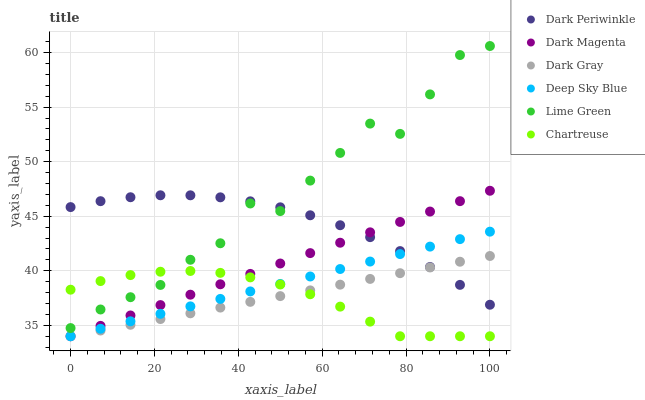
| xaxis_label | Dark Periwinkle | Dark Magenta | Dark Gray | Deep Sky Blue | Lime Green | Chartreuse |
 | --- | --- | --- | --- | --- | --- | --- |
 | 0 | 45.8 | 34 | 34 | 34 | 34.8 | 38.3 |
 | 7.14 | 46.4 | 35 | 34.5 | 34.7 | 36.5 | 39.1 |
 | 14.3 | 46.7 | 35.9 | 35.1 | 35.4 | 37.6 | 39.6 |
 | 21.4 | 46.9 | 36.9 | 35.6 | 36.1 | 38.7 | 39.9 |
 | 28.6 | 46.9 | 37.8 | 36.1 | 36.7 | 41 | 40 |
 | 35.7 | 46.7 | 38.8 | 36.6 | 37.4 | 42.5 | 39.8 |
 | 42.9 | 46.4 | 39.7 | 37.2 | 38.1 | 46.2 | 39.4 |
 | 50 | 45.8 | 40.7 | 37.7 | 38.8 | 45.5 | 38.7 |
 | 57.1 | 45.1 | 41.6 | 38.2 | 39.5 | 48.3 | 37.9 |
 | 64.3 | 44.2 | 42.6 | 38.7 | 40.2 | 50.8 | 36.7 |
 | 71.4 | 43.1 | 43.5 | 39.3 | 40.8 | 53.5 | 35.3 |
 | 78.6 | 41.8 | 44.5 | 39.8 | 41.5 | 52.6 | 34 |
 | 85.7 | 40.4 | 45.4 | 40.3 | 42.2 | 56.2 | 34 |
 | 92.9 | 38.7 | 46.4 | 40.8 | 42.9 | 59.8 | 34 |
 | 100 | 36.9 | 47.3 | 41.4 | 43.6 | 60.6 | 34 |